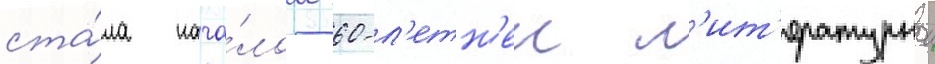
ста́ла нача́лом 60-л'етн'еи л'ит'ературнои